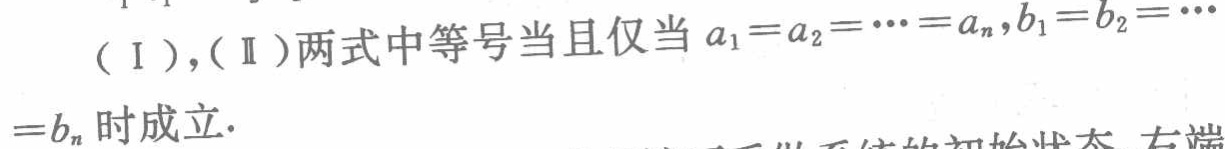
（Ⅰ）,（Ⅱ）两式中等号当且仅当\(a_{1}=a_{2}=\cdots =a_{n},b_{1}=b_{2}=\cdots =b_{n}\)时成立.